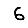
Digit: 6